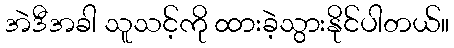
အဲဒီအခါ သူသင့်ကို ထားခဲ့သွားနိုင်ပါတယ်။